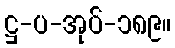
ဋ္ဌ-ပ-အုပ်-၁၈၉။